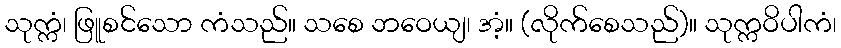
သုက္ကံ၊ ဖြူစင်သော ကံသည်။ သစေ ဘဝေယျ၊ အံ့။ (လိုက်စေသည်)။ သုက္ကဝိပါကံ၊